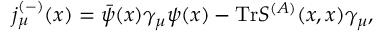
j _ { \mu } ^ { ( - ) } ( x ) = \bar { \psi } ( x ) \gamma _ { \mu } \psi ( x ) - \mathrm { T r } S ^ { ( A ) } ( x , x ) \gamma _ { \mu } ,